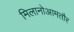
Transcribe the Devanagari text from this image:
मिलानोआमतौर